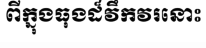
ពីក្នុងធុងដ៏វឹកវរនោះ